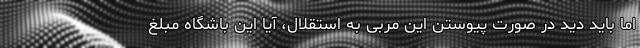
اما باید دید در صورت پیوستن این مربی به استقلال، آیا این باشگاه مبلغ